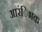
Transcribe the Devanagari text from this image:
आरंिभक